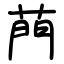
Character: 菛